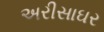
અરીસાઘર